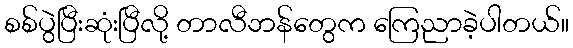
စစ်ပွဲပြီးဆုံးပြီလို့ တာလီဘန်တွေက ကြေညာခဲ့ပါတယ်။